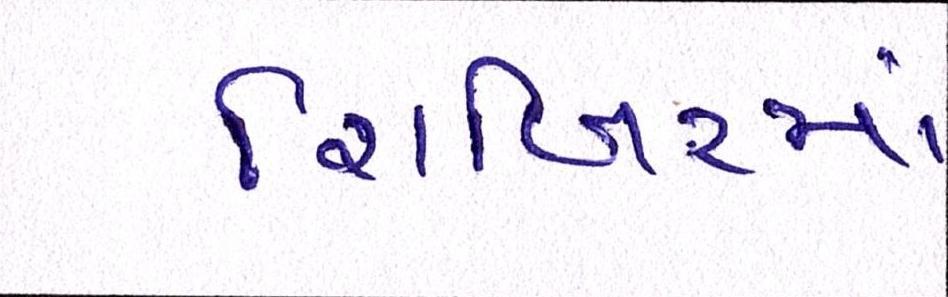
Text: શિબિરમાં